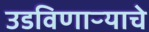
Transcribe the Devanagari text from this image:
उडविणाऱ्याचे